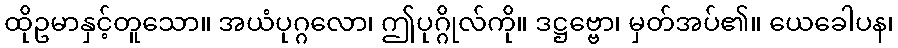
ထိုဥမာနှင့်တူသော။ အယံပုဂ္ဂလော၊ ဤပုဂ္ဂိုလ်ကို။ ဒဋ္ဌဗ္ဗော၊ မှတ်အပ်၏။ ယေခေါပန၊